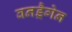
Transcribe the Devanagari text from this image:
वनड्रैगेन